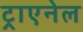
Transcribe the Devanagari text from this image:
ट्राएनेल